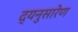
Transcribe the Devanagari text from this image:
द्यनुसारेण